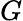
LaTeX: G